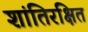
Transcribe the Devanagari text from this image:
शांतिरक्षित